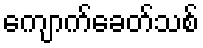
ကျောက်ခေတ်သစ်